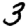
Digit: 3